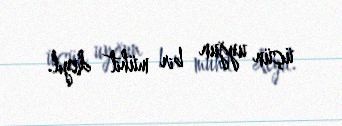
üçün uyğun bir mühit deyil.